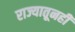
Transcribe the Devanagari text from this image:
राज्यातूनही